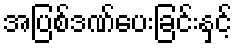
အပြစ်ဒဏ်ပေးခြင်းနှင့်